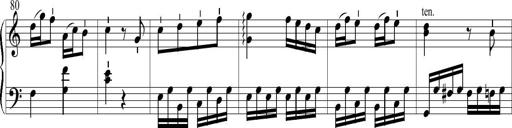
Title: 6 Leichte Sonatinen, Teil 1
Composer: F. Sigismund Sander